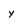
Character: y